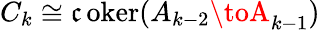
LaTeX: C_{k}\cong\operatorname{\mathfrak{c}oker}(A_{k-2}\toA_{k-1})